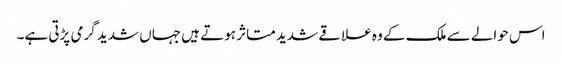
اس حوالے سے ملک کے وہ علاقے شدید متاثر ہوتے ہیں جہاں شدید گرمی پڑتی ہے۔